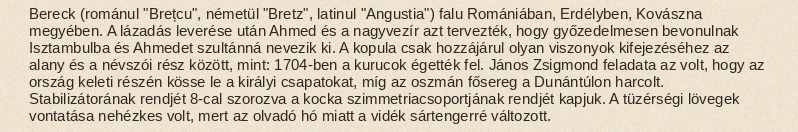
Bereck (románul "Brețcu", németül "Bretz", latinul "Angustia") falu Romániában, Erdélyben, Kovászna megyében. A lázadás leverése után Ahmed és a nagyvezír azt tervezték, hogy győzedelmesen bevonulnak Isztambulba és Ahmedet szultánná nevezik ki. A kopula csak hozzájárul olyan viszonyok kifejezéséhez az alany és a névszói rész között, mint: 1704-ben a kurucok égették fel. János Zsigmond feladata az volt, hogy az ország keleti részén kösse le a királyi csapatokat, míg az oszmán fősereg a Dunántúlon harcolt. Stabilizátorának rendjét 8-cal szorozva a kocka szimmetriacsoportjának rendjét kapjuk. A tüzérségi lövegek vontatása nehézkes volt, mert az olvadó hó miatt a vidék sártengerré változott.